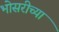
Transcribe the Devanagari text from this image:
भोसरीच्या